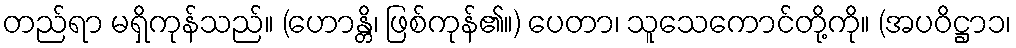
တည်ရာ မရှိကုန်သည်။ (ဟောန္တိ၊ ဖြစ်ကုန်၏။) ပေတာ၊ သူသေကောင်တို့ကို။ (အပဝိဋ္ဌာ၁၊